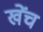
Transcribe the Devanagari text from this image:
खेंच